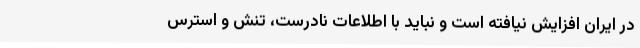
در ایران افزایش نیافته است و نباید با اطلاعات نادرست، تنش و استرس